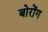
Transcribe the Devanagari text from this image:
बोरोंग